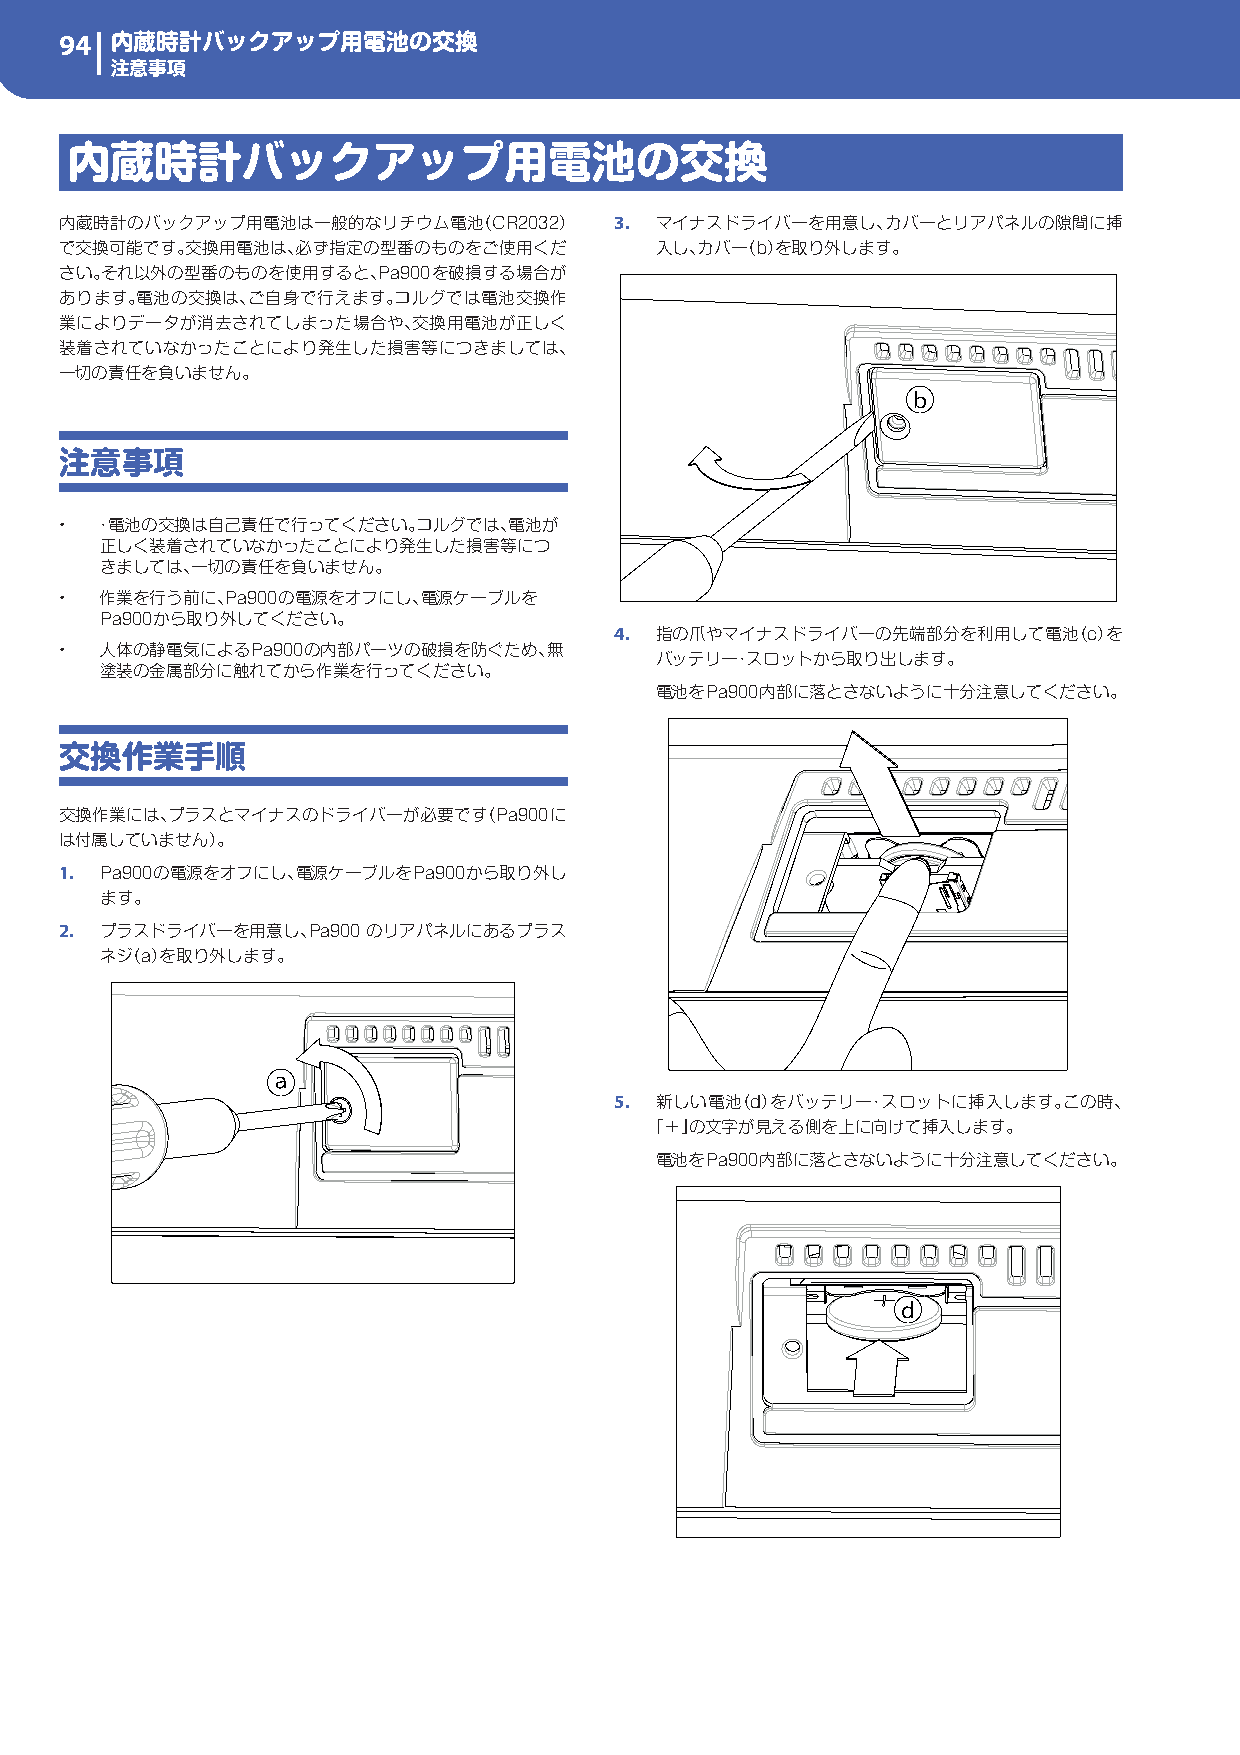
94 内蔵時計バックアップ用電池の交換
 注意事項
 内蔵時計バックアップ用電池の交換
 内蔵時計のバックアップ用電池は一般的なリチウム電池（CR2032）    3. マイナスドライバーを用意し、カバーとリアパネルの隙間に挿
 で交換可能です。交換用電池は、必ず指定の型番のものをご使用くだ        入し、カバー（b）を取り外します。
 さい。それ以外の型番のものを使用すると、Pa900を破損する場合が
 あります。電池の交換は、ご自身で行えます。コルグでは電池交換作
 業によりデータが消去されてしまった場合や、交換用電池が正しく
 装着されていなかったことにより発生した損害等につきましては、
 一切の責任を負いません。
 ⓑ
 注意事項
 • ・電池の交換は自己責任で行ってください。コルグでは、電池が
 正しく装着されていなかったことにより発生した損害等につ
 きましては、一切の責任を負いません。
 •  作業を行う前に、Pa900の電源をオフにし、電源ケーブルを
 Pa900から取り外してください。
 4. 指の爪やマイナスドライバーの先端部分を利用して電池（c）を
 •  人体の静電気によるPa900の内部パーツの破損を防ぐため、無
 バッテリー・スロットから取り出します。
 塗装の金属部分に触れてから作業を行ってください。
 電池をPa900内部に落とさないように十分注意してください。
 交換作業手順
 交換作業には、プラスとマイナスのドライバーが必要です（Pa900に
 は付属していません）。
 1. Pa900の電源をオフにし、電源ケーブルをPa900から取り外し
 ます。
 2. プラスドライバーを用意し、Pa900のリアパネルにあるプラス
 ネジ（a）を取り外します。
 ⓐ
 5. 新しい電池（d）をバッテリー・スロットに挿入します。この時、
 「＋」の文字が見える側を上に向けて挿入します。
 電池をPa900内部に落とさないように十分注意してください。
 ⓓ